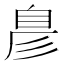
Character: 𮍖